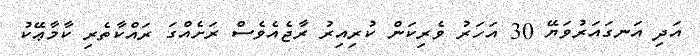
އަދި އަނގައަރުވަޔޭ 30 އަހަރު ވެރިކަން ކުރިއިރު ރާޖެއެވެސް ރަށެއްގަ ރައްކާތެރި ކާމާޢޭކު